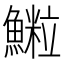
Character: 𩻑